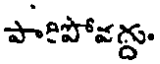
పారిపోవద్దు.